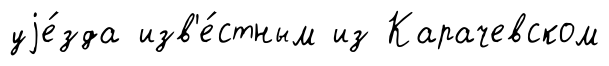
уjе́зда изв'е́стным из Карачевском